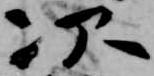
次